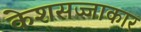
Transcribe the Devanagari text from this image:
केशसज्जाकार